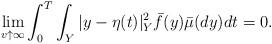
LaTeX: \begin{align*}\lim_{v \uparrow \infty} \int_{0}^{T} \int_Y |y- \eta(t)|_Y ^2 \bar{f}(y) \bar{\mu}(dy) dt =0.\end{align*}